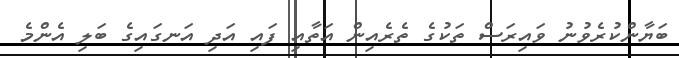
ބަޔާންކުރެވުނު ވައިރަސް ތަކުގެ ތެރެއިން އަތާއި ފައި އަދި އަނގައިގެ ބަލި އެންމެ